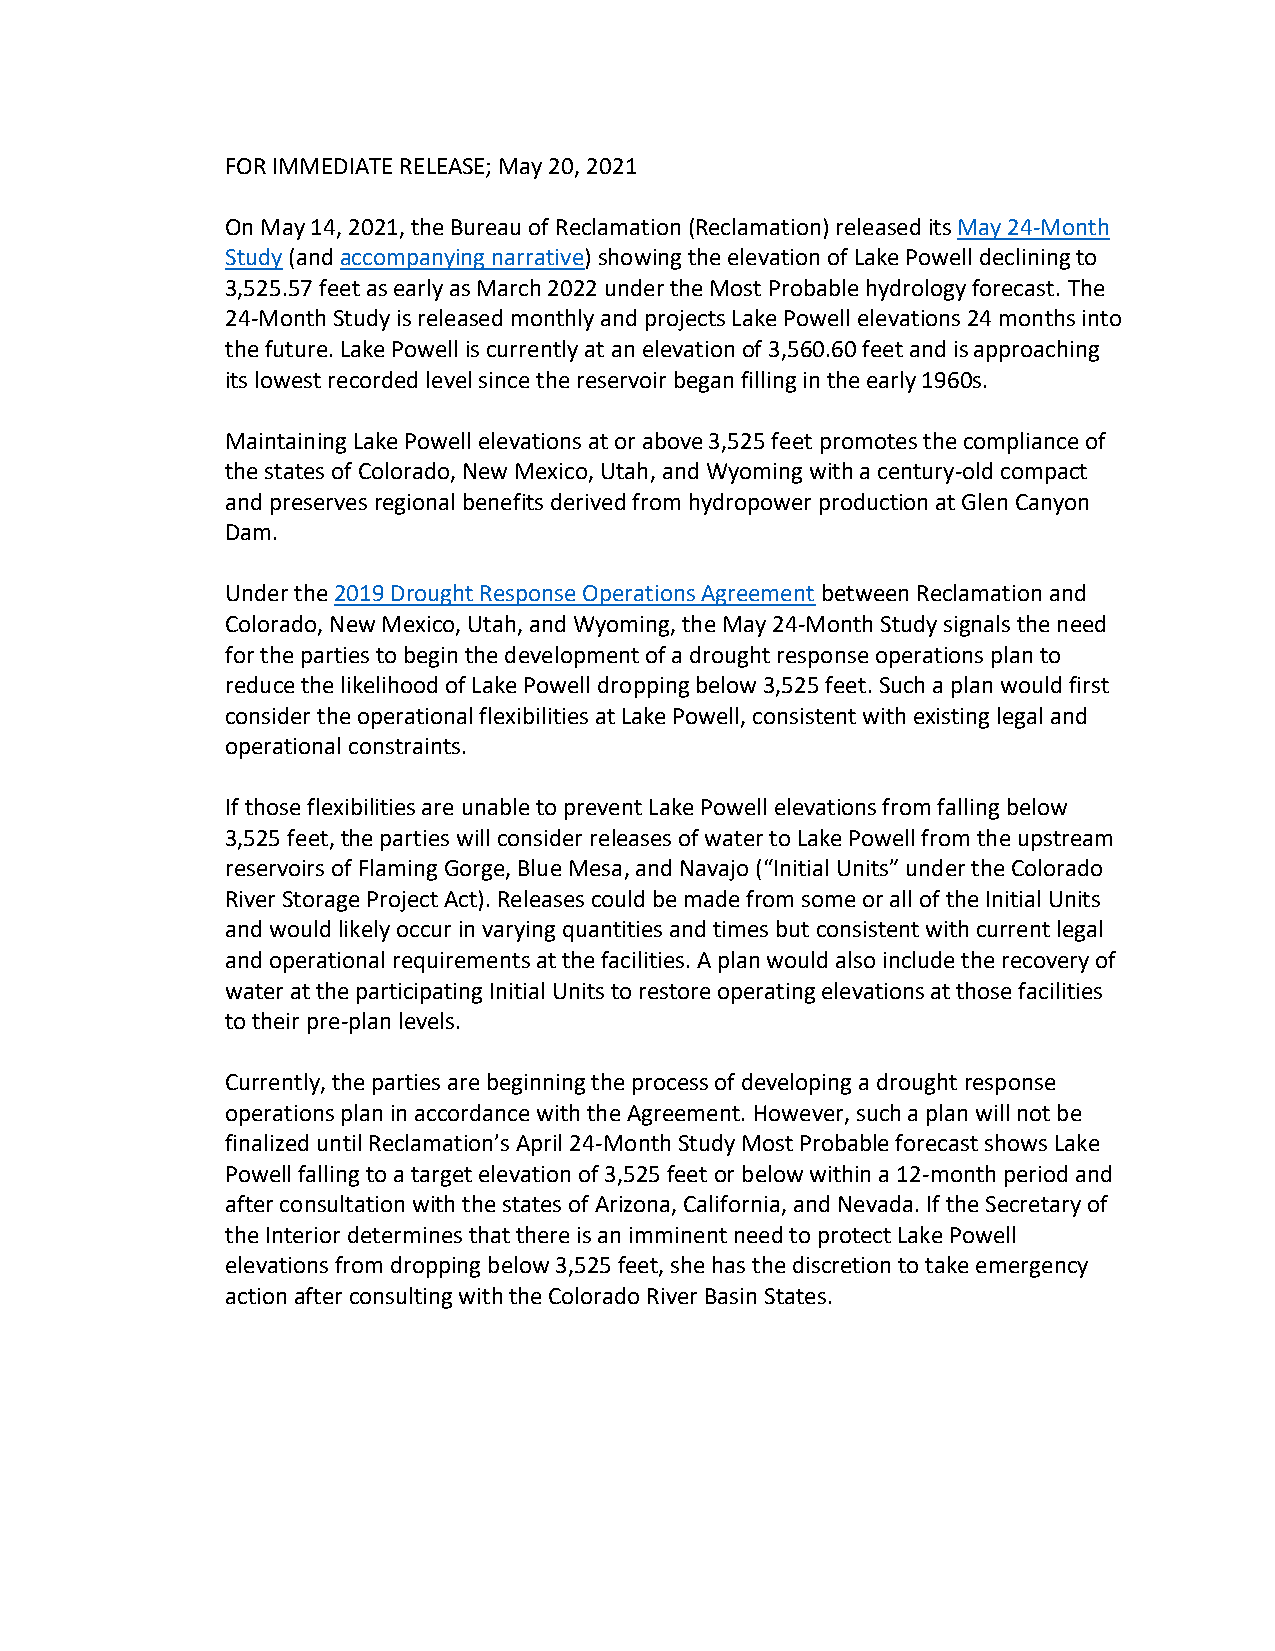
FOR IMMEDIATE RELEASE; May 20, 2021
 On May 14, 2021, the Bureau of Reclamation (Reclamation) released its May 24-Month
 Study (and accompanying narrative) showing the elevation of Lake Powell declining to
 3,525.57 feet as early as March 2022 under the Most Probable hydrology forecast. The
 24-Month Study is released monthly and projects Lake Powell elevations 24 months into
 the future. Lake Powell is currently at an elevation of 3,560.60 feet and is approaching
 its lowest recorded level since the reservoir began filling in the early 1960s.
 Maintaining Lake Powell elevations at or above 3,525 feet promotes the compliance of
 the states of Colorado, New Mexico, Utah, and Wyoming with a century-old compact
 and preserves regional benefits derived from hydropower production at Glen Canyon
 Dam.
 Under the 2019 Drought Response Operations Agreement between Reclamation and
 Colorado, New Mexico, Utah, and Wyoming, the May 24-Month Study signals the need
 for the parties to begin the development of a drought response operations plan to
 reduce the likelihood of Lake Powell dropping below 3,525 feet. Such a plan would first
 consider the operational flexibilities at Lake Powell, consistent with existing legal and
 operational constraints.
 If those flexibilities are unable to prevent Lake Powell elevations from falling below
 3,525 feet, the parties will consider releases of water to Lake Powell from the upstream
 reservoirs of Flaming Gorge, Blue Mesa, and Navajo (“Initial Units” under the Colorado
 River Storage Project Act). Releases could be made from some or all of the Initial Units
 and would likely occur in varying quantities and times but consistent with current legal
 and operational requirements at the facilities. A plan would also include the recovery of
 water at the participating Initial Units to restore operating elevations at those facilities
 to their pre-plan levels.
 Currently, the parties are beginning the process of developing a drought response
 operations plan in accordance with the Agreement. However, such a plan will not be
 finalized until Reclamation’s April 24-Month Study Most Probable forecast shows Lake
 Powell falling to a target elevation of 3,525 feet or below within a 12-month period and
 after consultation with the states of Arizona, California, and Nevada. If the Secretary of
 the Interior determines that there is an imminent need to protect Lake Powell
 elevations from dropping below 3,525 feet, she has the discretion to take emergency
 action after consulting with the Colorado River Basin States.